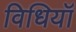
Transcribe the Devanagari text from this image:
विधियॉ